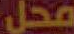
محل